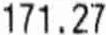
171.27